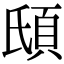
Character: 𩑥